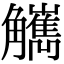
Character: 觽